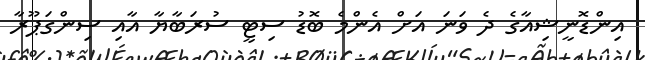
އިންޑޮނީޝިއާގެ ދެ ވަނަ އަށް އެންމެ ބޮޑު ސިޓީ ސުރަބާޔާ އާއި ސިންގަޕޫރާ